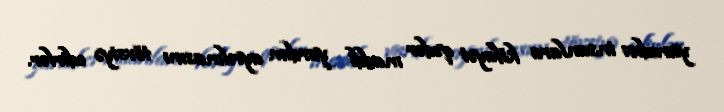
yaradıcı insanlara kifayət qədər maddi yardım ayrılmasını tövsiyə edirlər.